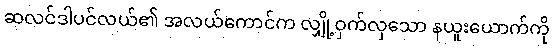
ဆလင်ဒါပင်လယ်၏ အလယ်ကောင်က လျှို့ဝှက်လှသော နယူးယောက်ကို